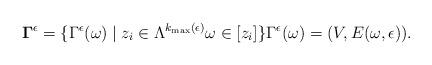
LaTeX: \begin{align*}\mathbf{\Gamma}^{\epsilon}=\{\Gamma^{\epsilon}(\omega) \mid z_{i}\in\Lambda^{k_{\max}(\epsilon)} \omega\in[z_{i}]\}\Gamma^{\epsilon}(\omega)=(V,E(\omega,\epsilon)).\end{align*}